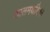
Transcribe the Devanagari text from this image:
कालमर्यादेचा